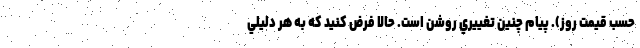
حسب قیمت روز). پيام چنين تغييري روشن است. حالا فرض كنيد كه به هر دليلي